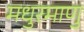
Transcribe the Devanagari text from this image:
मधुरमाणु